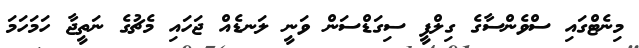
މިނެޓްގައި ސްވެންސާގެ ގިލްފީ ސިގަޑްސަން ވަނީ ލަނޑެއް ޖަހައި މެޗުގެ ނަތީޖާ ހަމަހަމަ